Vaccination United Provinces of Agra and Oudh 1914-1922 - 1914-1922
Year: 1914
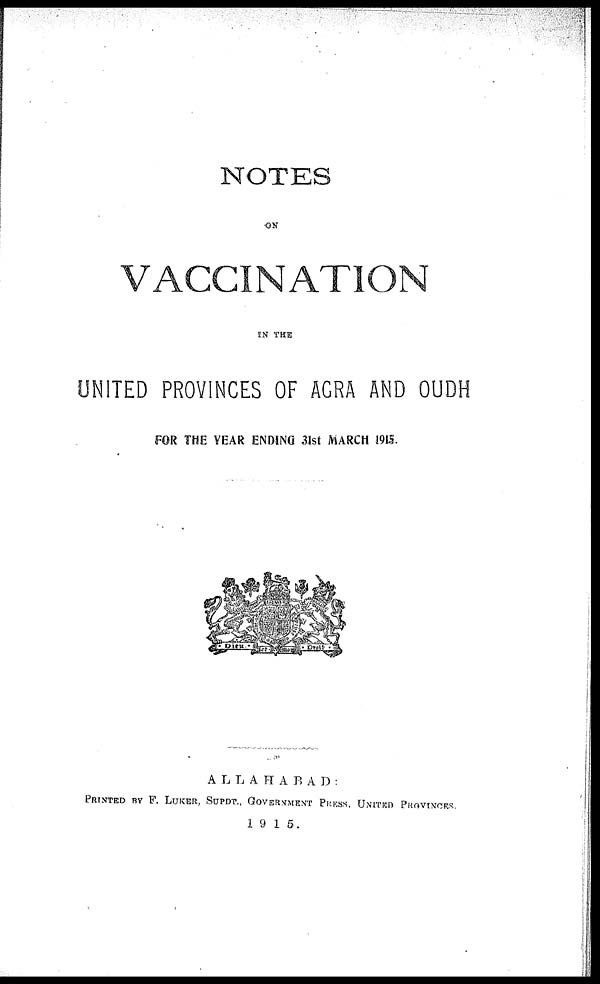
NOTES
ON
VACCINATION
IN THE
UNITED PROVINCES OF AGRA AND OUDH
FOR THE YEAR ENDING 31st MARCH 1915.
ALLAHABAD:
PRINTED BY F. LUKER, SUPDT., GOVERNMENT PRESS, UNITED PROVINCES.
1915.